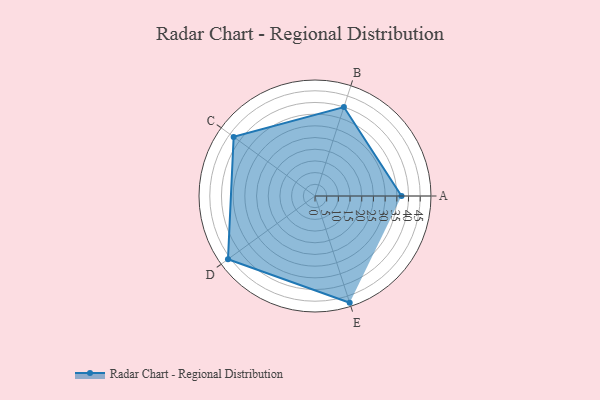
{"axis": {"x": "Skill", "y": "Score"}, "legend": ["Profile"], "data": [{"x": "A", "y": 37.0, "type": "Profile"}, {"x": "B", "y": 40.0, "type": "Profile"}, {"x": "C", "y": 43.0, "type": "Profile"}, {"x": "D", "y": 46.0, "type": "Profile"}, {"x": "E", "y": 48.0, "type": "Profile"}]}